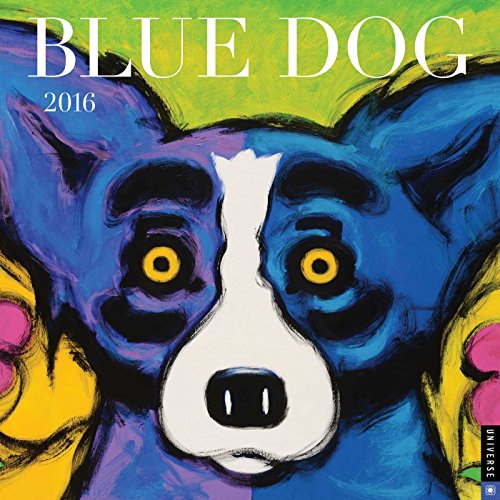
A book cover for Blue Dog 2016 Wall Calendar; George Rodrigue; Calendars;